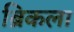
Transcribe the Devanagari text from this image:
ब्रिकला